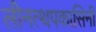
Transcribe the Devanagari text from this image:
लीनत्थपकासिनी